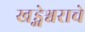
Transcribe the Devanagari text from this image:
खड्गेश्वराचे